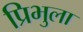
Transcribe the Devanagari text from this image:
प्रिभुला